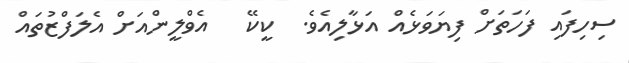
ސިހިފައި ފަހަތަށް ފިޔަވަޅެއް އަޅާލިއެވެ.  ކީކޭ   އެވްލީންއަށް އެލަފްޒުތައް